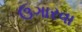
ઉગારવા